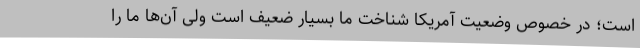
است؛ در خصوص وضعیت آمریکا شناخت ما بسیار ضعیف است ولی آن‌ها ما را